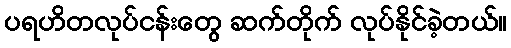
ပရဟိတလုပ်ငန်းတွေ ဆက်တိုက် လုပ်နိုင်ခဲ့တယ်။